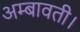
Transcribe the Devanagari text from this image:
अम्बावती।